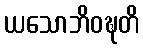
ယသောဘိဝဍ္ဎတိ